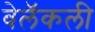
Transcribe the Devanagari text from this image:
वेलॅकली